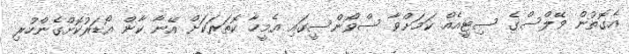
އެގޮތުން ވޭލްސްގެ ސިޓީއެއް ކަމަށްވާ ސްވޯންސީގައި އެމީހާ ކޮތަރަކަށް އޭނާ ކާން އޯޑަރުކޮށްގެންހުރި